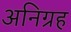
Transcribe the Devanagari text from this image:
अनिग्रह